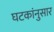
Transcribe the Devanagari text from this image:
घटकांनुसार